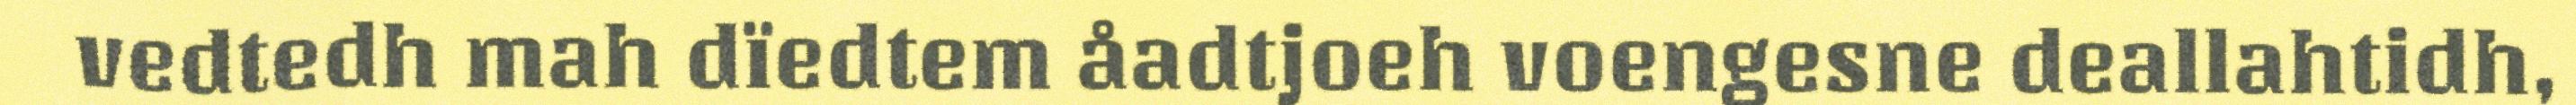
vedtedh mah dïedtem åadtjoeh voengesne deallahtidh,